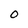
Character: 0